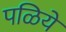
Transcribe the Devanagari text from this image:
पळिये